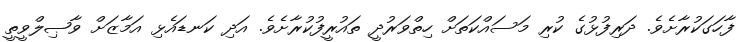
ފާހަގަކުރާށެވެ. ދަރިފުޅުގެ ކުރި މަސައްކަތަށް ހިތްވަރުދީ ތައުރީފުކުރާށެވެ. އަދި ކަނޑައެޅި އަމާޒަށް ވާޞިލްވީތީ